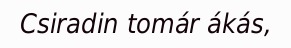
Csiradin tomár ákás,